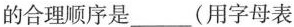
的合理顺序是___(用字母表